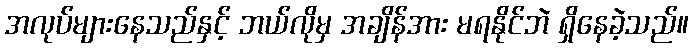
အလုပ်များနေသည်နှင့် ဘယ်လိုမှ အချိန်အား မရနိုင်ဘဲ ရှိနေခဲ့သည်။